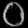
Digit: ၀